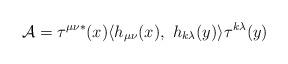
LaTeX: \begin{align*}{\cal A}=\tau^{\mu\nu\ast}(x)\langle h_{\mu\nu}(x),\ h_{k\lambda}(y)\rangle \tau^{k\lambda}(y)\end{align*}